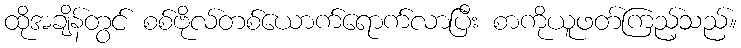
ထိုအချိန်တွင် စစ်ဗိုလ်တစ်ယောက်ရောက်လာပြီး စာကိုယူဖတ်ကြည့်သည်။